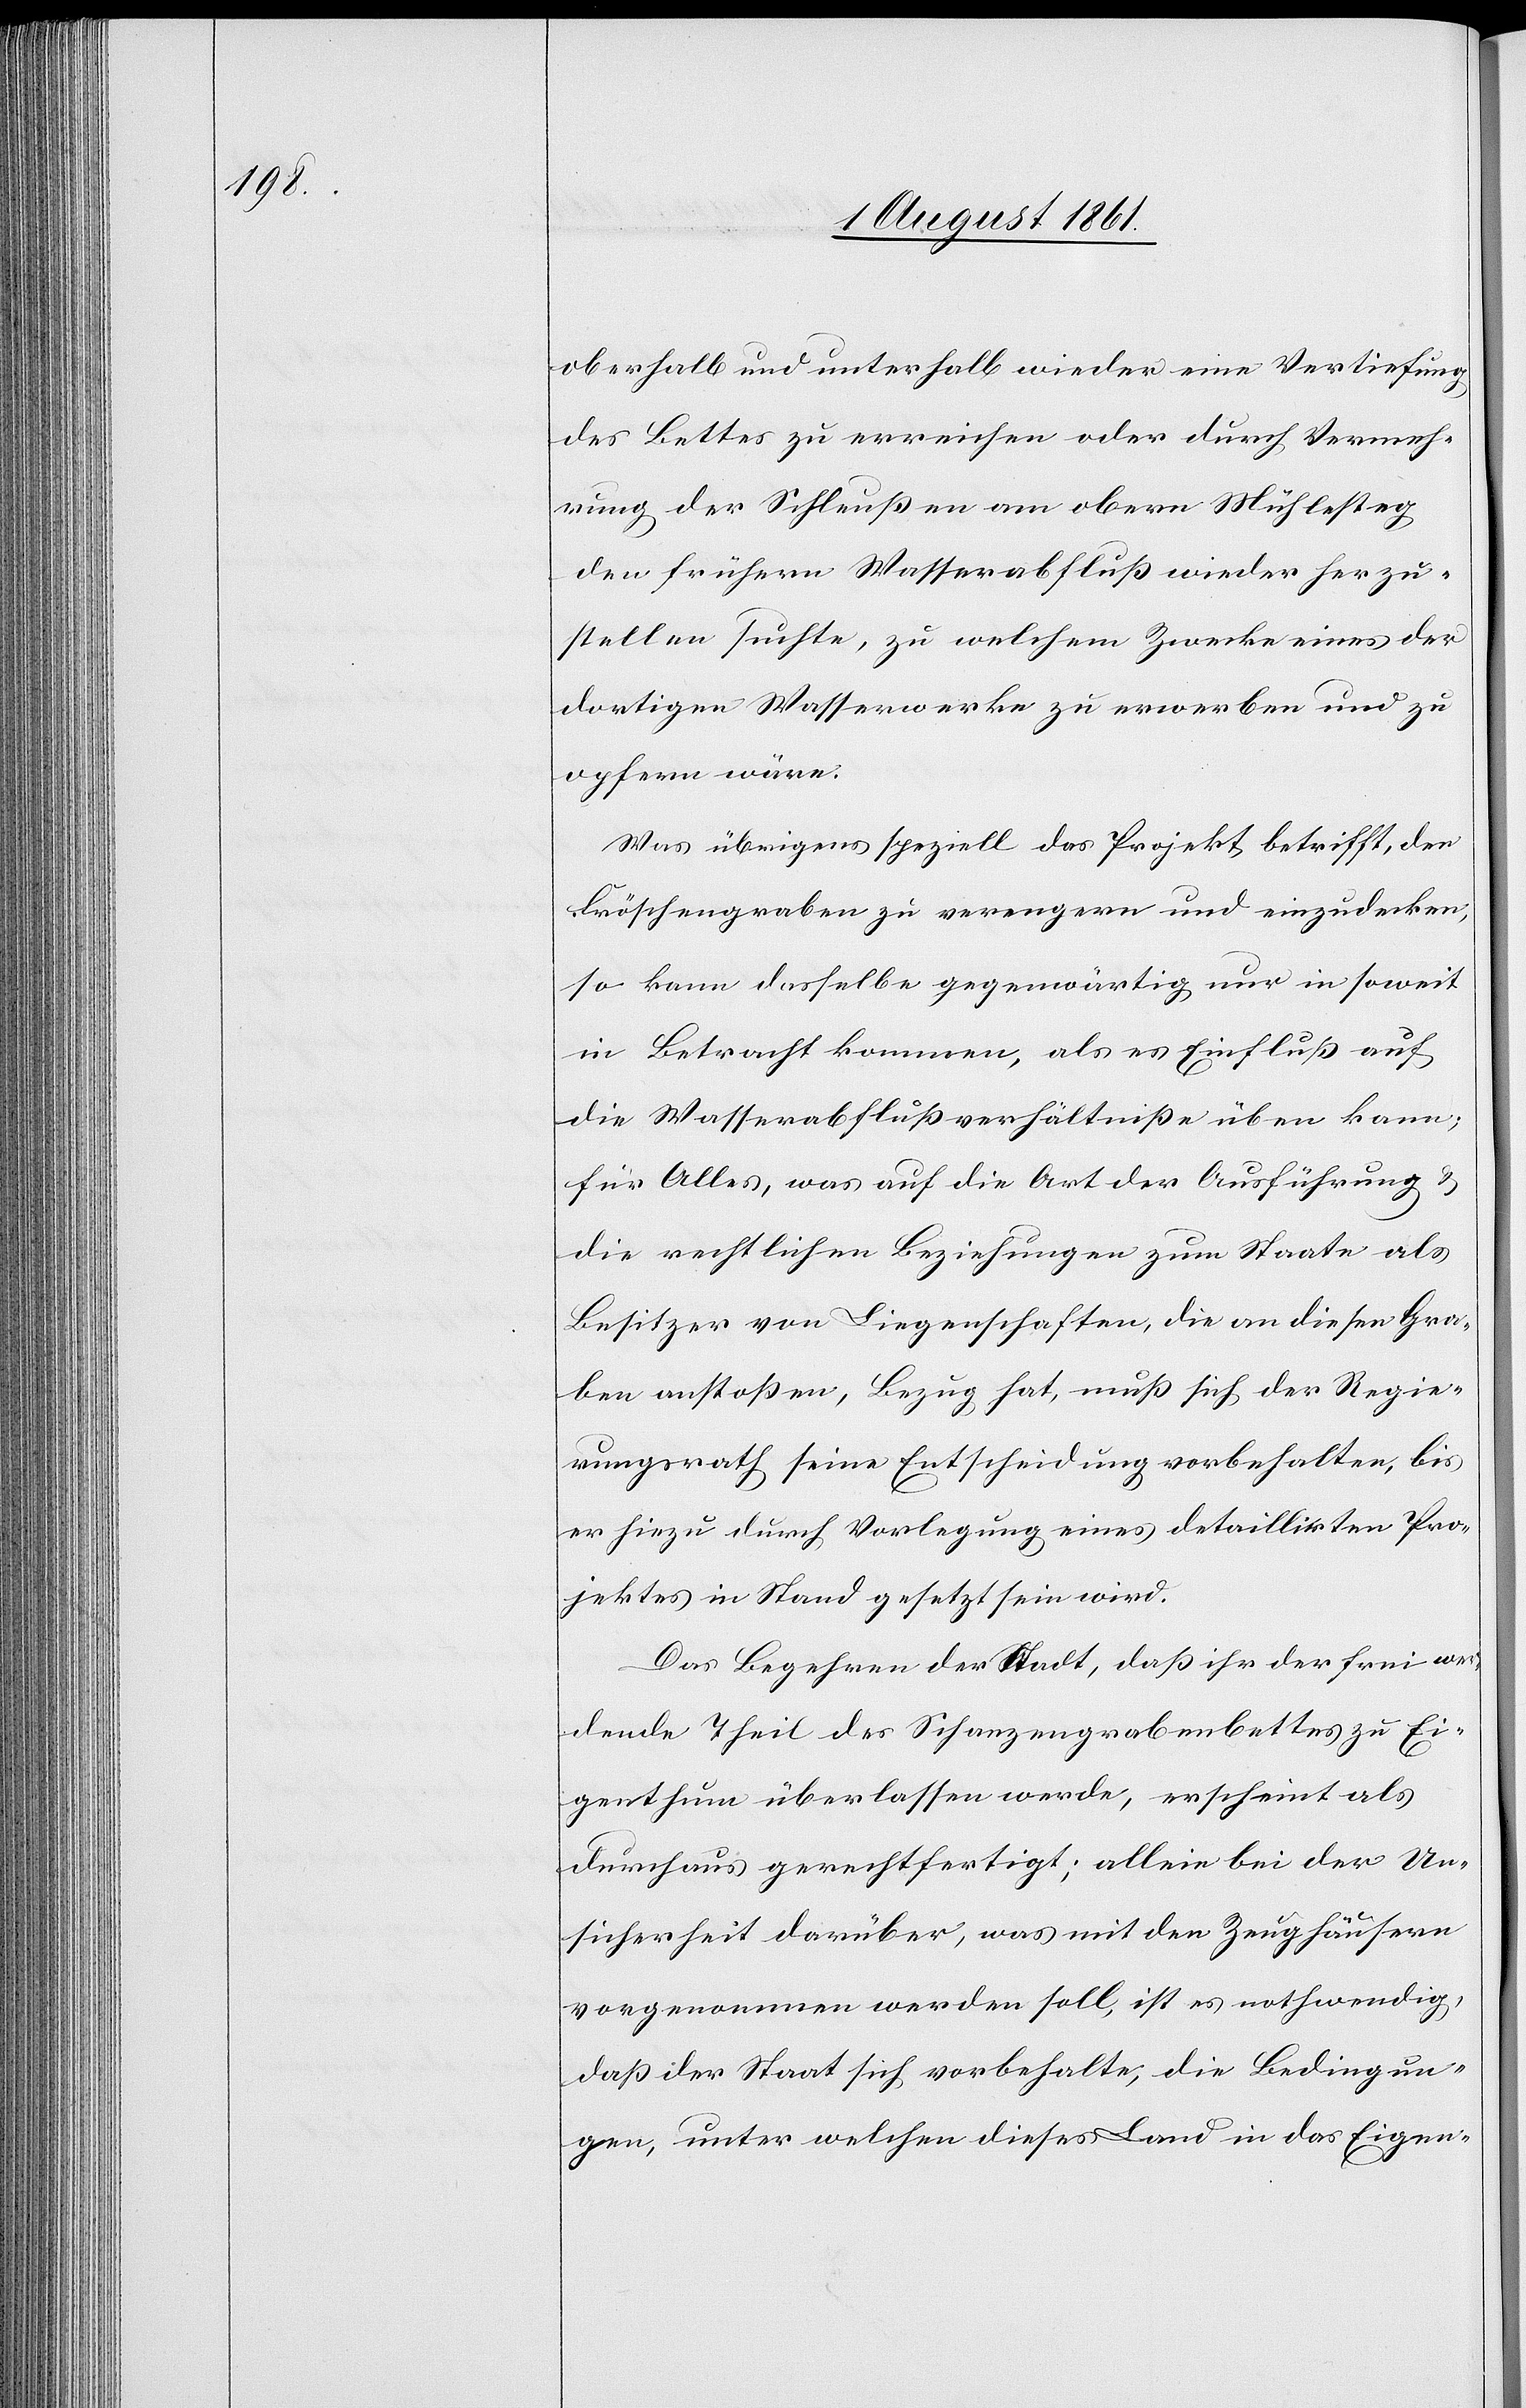
oberhalb und unterhalb wieder eine Vertiefung
des Bettes zu erreichen oder durch Vermeh¬
rung der Schleußen am obern Mühlesteg
den frühern Wasserabfluß wieder herzu¬
stellen suchte, zu welchem Zwecke eines der
dortigen Wasserwerke zu erwerben und zu
opfern wäre.
Was übrigens speziell das Projekt betrifft, den
Fröschengraben zu verengern und einzudecken,
so kann dasselbe gegenwärtig nur in soweit
in Betracht kommen, als es Einfluß auf
die Wasserabflußverhältniße üben kann;
für Alles, was auf die Art der Ausführung u.
die rechtlichen Beziehungen zum Staate als
Besitzer von Liegenschaften, die an diesen Gra¬
ben anstoßen, Bezug hat, muß sich der Regie¬
rungsrath seine Entscheidung vorbehalten, bis
er hiezu durch Vorlegung eines detaillirten Pro¬
jektes in Stand gesetzt sein wird.
Das Begehren der Stadt, daß ihr der frei wer¬
dende Theil des Schanzengrabenbettes zu Ei¬
genthum überlassen werde, erscheint als
durchaus gerechtfertigt; allein bei der Un¬
sicherheit darüber, was mit den Zeughäusern
vorgenommen werden soll, ist es nothwendig,
daß der Staat sich vorbehalte, die Bedingun¬
gen, unter welchen dieses Land in das Eigen-